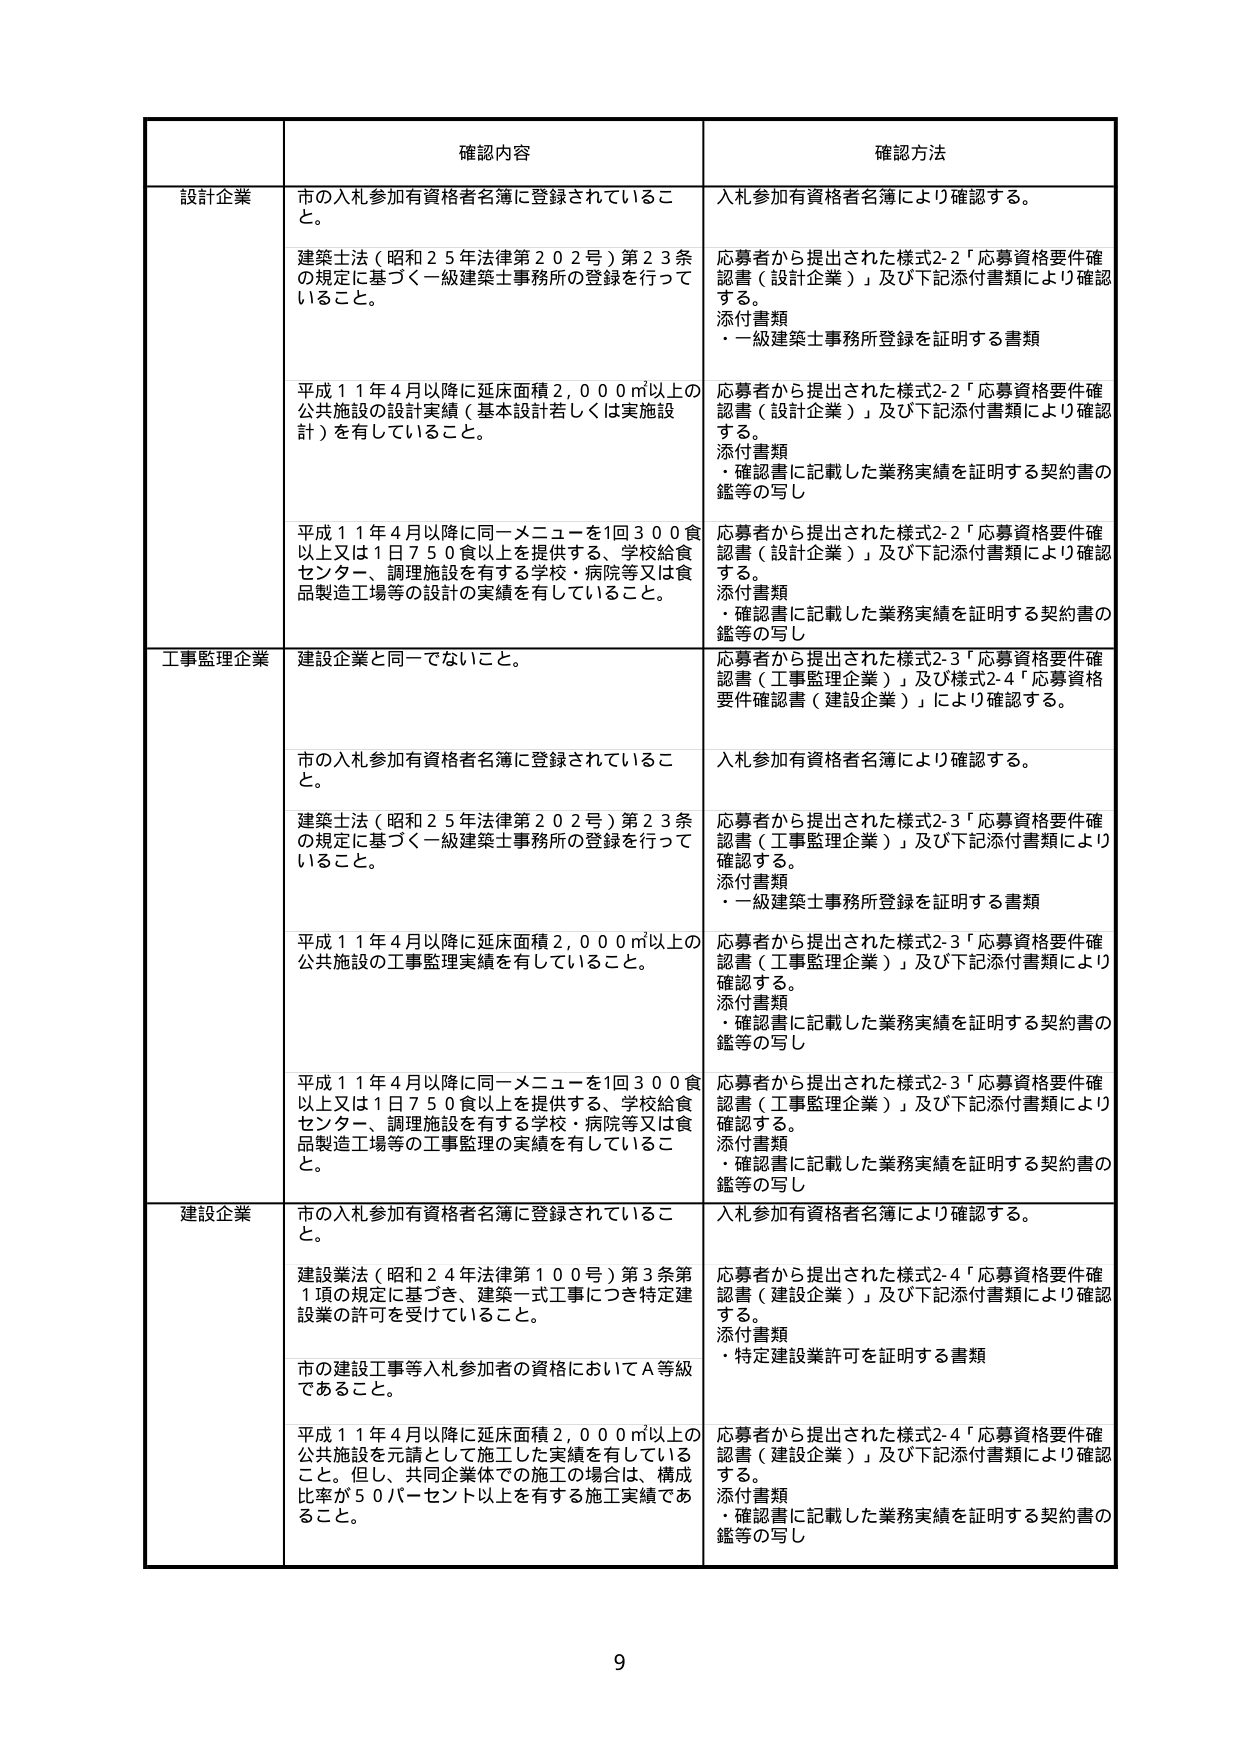
確認内容 確認方法
設計企業 市の入札参加有資格者名簿に登録されていること。 入札参加有資格者名簿により確認する。
建築士法（昭和25年法律第202号）第23条の規定に基づく一級建築士事務所の登録を行っていること。 応募者から提出された様式2-2「応募資格要件確認書（設計企業）」及び下記添付書類により確認する。
添付書類 ・一級建築士事務所登録を証明する書類
平成11年4月以降に延床面積2,000㎡以上の公共施設の設計実績（基本設計若しくは実施設計）を有していること。 応募者から提出された様式2-2「応募資格要件確認書（設計企業）」及び下記添付書類により確認する。
添付書類 ・確認書に記載した業務実績を証明する契約書の謄等の写し
平成11年4月以降に同一メニューを1回300食以上又は1日750食以上を提供する、学校給食センター、調理施設を有する学校・病院等又は食品製造工場等の設計の実績を有していること。 応募者から提出された様式2-2「応募資格要件確認書（設計企業）」及び下記添付書類により確認する。
添付書類 ・確認書に記載した業務実績を証明する契約書の謄等の写し
工事監理企業 建設企業と同一でないこと。 応募者から提出された様式2-3「応募資格要件確認書（工事監理企業）」及び様式2-4「応募資格要件確認書（建設企業）」により確認する。
市の入札参加有資格者名簿に登録されていること。 入札参加有資格者名簿により確認する。
建築士法（昭和25年法律第202号）第23条の規定に基づく一級建築士事務所の登録を行っていること。 応募者から提出された様式2-3「応募資格要件確認書（工事監理企業）」及び下記添付書類により確認する。
添付書類 ・一級建築士事務所登録を証明する書類
平成11年4月以降に延床面積2,000㎡以上の公共施設の工事監理実績を有していること。 応募者から提出された様式2-3「応募資格要件確認書（工事監理企業）」及び下記添付書類により確認する。
添付書類 ・確認書に記載した業務実績を証明する契約書の謄等の写し
平成11年4月以降に同一メニューを1回300食以上又は1日750食以上を提供する、学校給食センター、調理施設を有する学校・病院等又は食品製造工場等の工事監理の実績を有していること。 応募者から提出された様式2-3「応募資格要件確認書（工事監理企業）」及び下記添付書類により確認する。
添付書類 ・確認書に記載した業務実績を証明する契約書の謄等の写し
建設企業 市の入札参加有資格者名簿に登録されていること。 入札参加有資格者名簿により確認する。
建設業法（昭和24年法律第100号）第3条第1項の規定に基づき、建築一式工事につき特定建設業の許可を受けていること。 応募者から提出された様式2-4「応募資格要件確認書（建設企業）」及び下記添付書類により確認する。
添付書類 ・特定建設業許可を証明する書類
市の建設工事等入札参加者の資格においてA等級であること。
平成11年4月以降に延床面積2,000㎡以上の公共施設を元請として施工した実績を有していること。但し、共同企業体での施工の場合は、構成比率が50パーセント以上を有する施工実績であること。 応募者から提出された様式2-4「応募資格要件確認書（建設企業）」及び下記添付書類により確認する。
添付書類 ・確認書に記載した業務実績を証明する契約書の謄等の写し
9